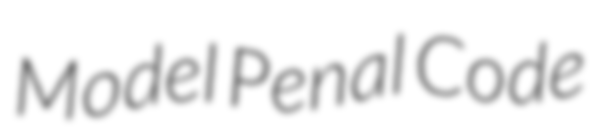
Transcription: Model Penal Code